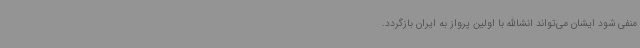
منفی شود ایشان می‌تواند انشاالله با اولین پرواز به ایران بازگردد.